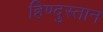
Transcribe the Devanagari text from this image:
हिण्दुस्तान